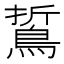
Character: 𪁊